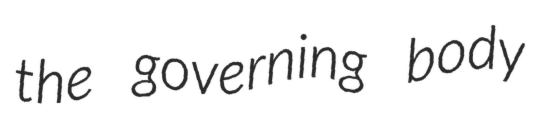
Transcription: the governing body